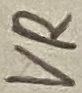
Text: VR